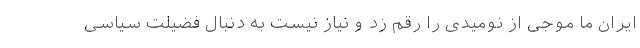
ایران ما موجی از نومیدی را رقم زد و نیاز نیست به دنبال فضیلت سیاسی